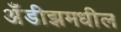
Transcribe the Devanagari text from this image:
अँडीझमधील